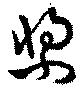
槳